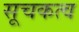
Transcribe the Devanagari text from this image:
सूचकत्व